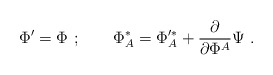
\begin{align*}\Phi '=\Phi \ ;\qquad \Phi^*_A= \Phi '^*_A+\frac{\partial }{\partial \Phi^A}\Psi \ .\end{align*}